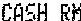
CASH RM